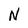
Character: N